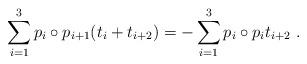
LaTeX: \begin{align*}\sum_{i=1}^3 p_i \circ p_{i+1} (t_i + t_{i+2} ) = - \sum_{i=1}^3 p_i \circ p_i t_{i+2} ~ .\end{align*}